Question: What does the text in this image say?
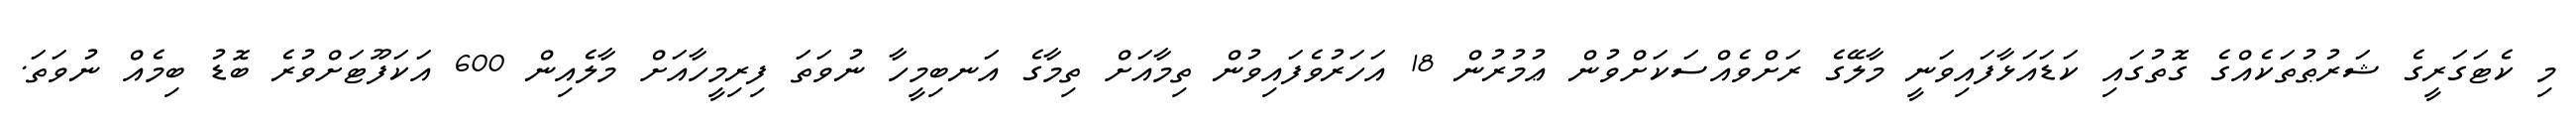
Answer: މި ކެޓަގަރީގެ ޝަރުޠުތަކެއްގެ ގޮތުގައި ކަޑައަޅާފައިވަނީ މާލޭގެ ރަށްވެއްސަކަށްވުން ޢުމުރުން 18 އަހަރުވެފައިވުން ތިމާއަށް ތިމާގެ އަނބިމީހާ ނުވަތަ ފިރިމީހާއަށް މާލެއިން 600 އަކަފޫޓަށްވުރެ ބޮޑު ބިމެއް ނުވަތަ.